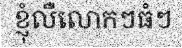
ខ្ញុំលឺលោកៗធំៗ